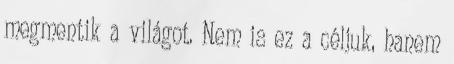
megmentik a világot. Nem is ez a céljuk, hanem